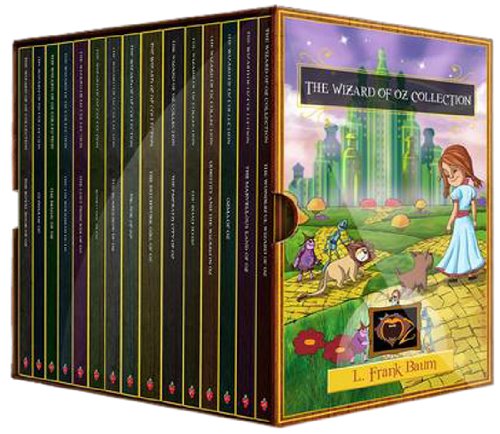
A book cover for The Wizard of Oz Collection: The Wonderful Wizard of Oz, The Marvellous Land of Oz, Ozma of Oz, Dorothy and the Wizard in Oz, The Road to Oz, The Emerald City of Oz, Patchwork Girl of Oz and More; L. Frank Baum; Crafts, Hobbies & Home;